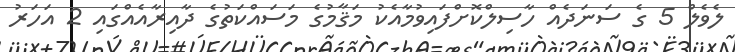
ލެވެލް 5 ގެ ސަނަދެއް ހާސިލްކޮށްފައިވުމާއެކު މަޤާމުގެ މަސައްކަތުގެ ދާއިރާއެއްގައި 2 އަހަރު